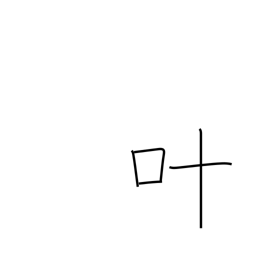
Meaning: grant